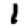
Digit: 1